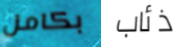
بكامل ذئاب